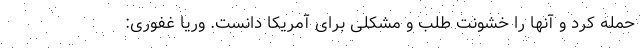
حمله کرد و آنها را خشونت طلب و مشکلی برای آمریکا دانست. وریا غفوری: